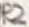
Text: R2